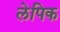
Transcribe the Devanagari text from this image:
लेपिक